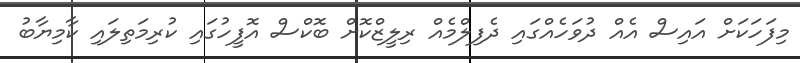
މިފަހަކަށް އައިސް އެއް ދުވަހެއްގައި ދެފިލްމެއް ރިލީޒްކޮށް ބޮކްސް އޮފީހުގައި ކުރިމަތިލައި ކާމިޔާބު